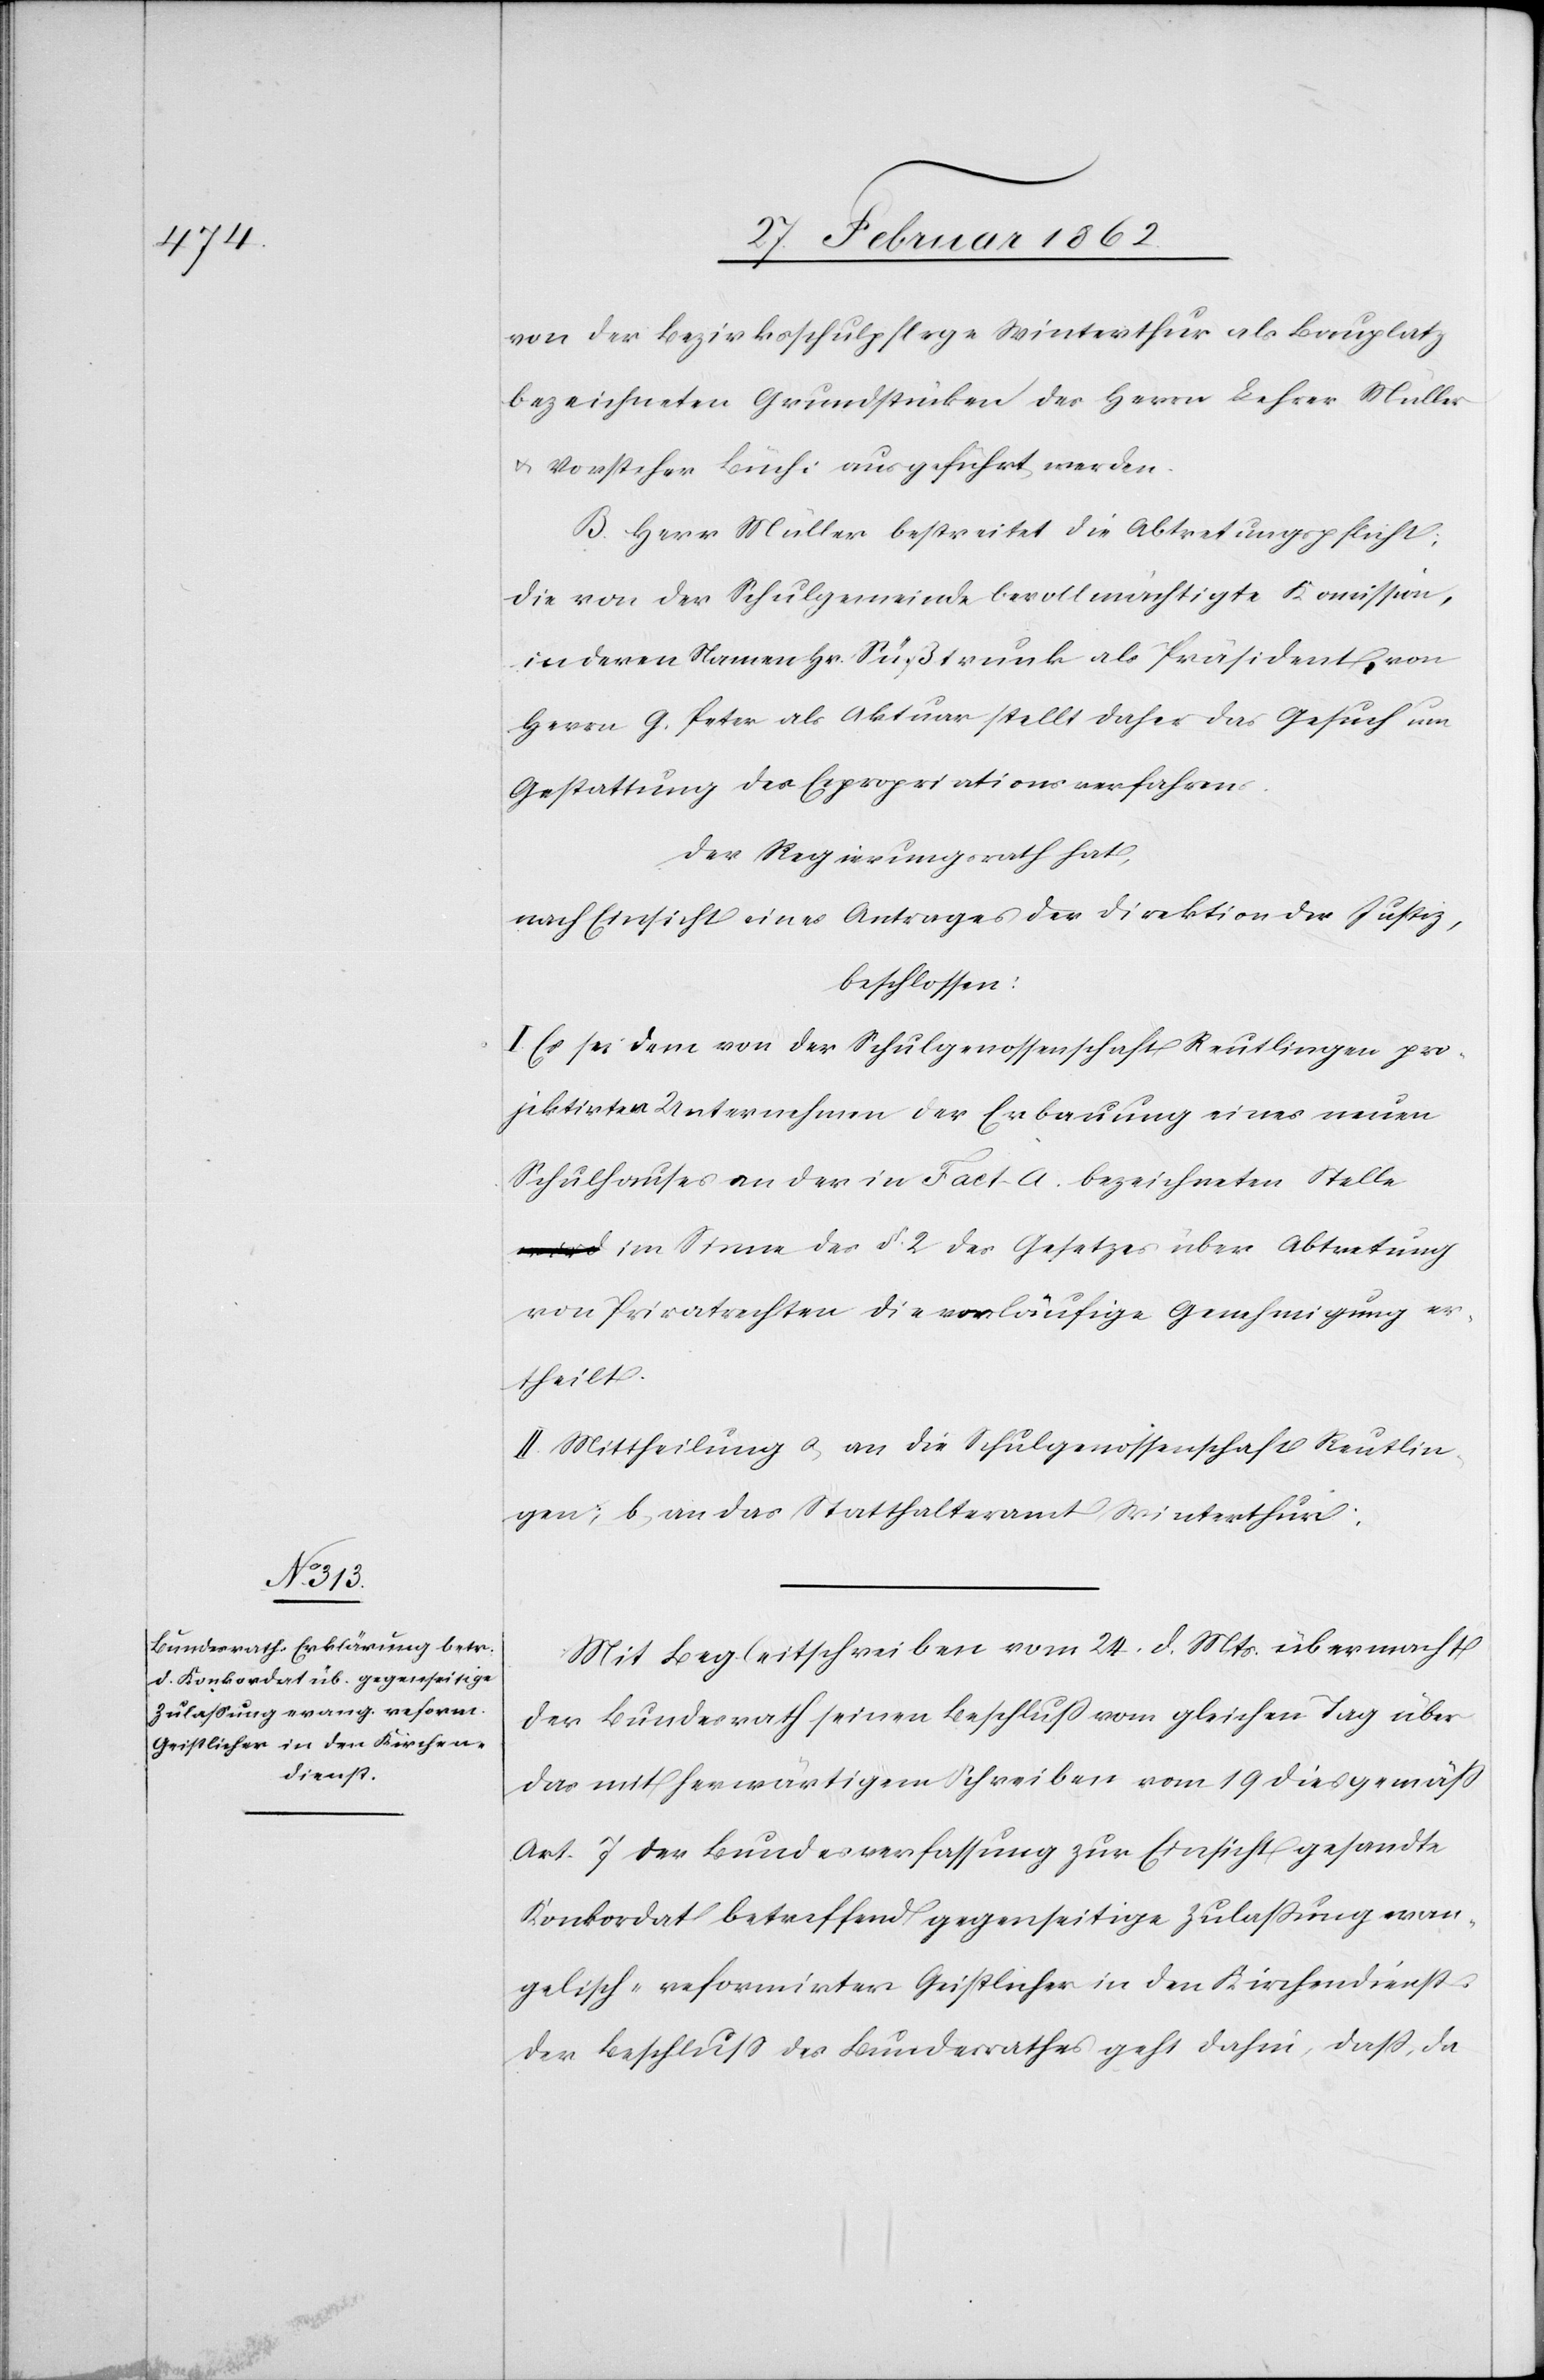
[sic!] der Bezirksschulpflege Winterthur als Bauplatz
bezeichneten Grundstücken des Herrn Lehrer Müller
u. Vorsteher Büchi ausgeführt werden.
B. Herr Müller bestreitet die Abtretungspflicht;
die von der Schulgemeinde bevollmächtigte Komission,
in deren Namen Hr. Süßtrunk als Präsident, von
Herrn G. Peter als Aktuar stellt daher das Gesuch um
Gestattung des Expropriationsverfahrens.
Der Regierungsrath hat,
nach Einsicht eines Antrages der Direktion der Justiz,
beschlossen:
I. Es sei dem von der Schulgenossenschaft Reutlingen pro¬
jektirten Unternehmen der Erbauung eines neuen
Schulhauses an der in Fact. A. bezeichneten Stelle
im Sinne des §. 2 des Gesetzes über Abtretung
von Privatrechten die vorläufige Genehmigung er¬
theilt.
II. Mittheilung a) an die Schulgenossenschaft Reutlin¬
gen; b) an das Statthalteramt Winterthur.
Mit Begleitschreiben vom 24. d. Mts. übermacht
der Bundesrath seinen Beschluß vom gleichen Tag über
das mit herwärtigem Schreiben vom 19 dies gemäß
Art. 7 der Bundesverfassung zur Einsicht gesandte
Konkordat betreffend gegenseitige Zulaßung evan¬
gelisch-reformirter Geistlicher in den Kirchendienst.
Der Beschluß des Bundesrathes geht dahin, daß, da